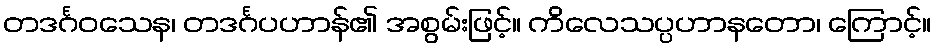
တဒင်္ဂဝသေန၊ တဒင်္ဂပဟာန်၏ အစွမ်းဖြင့်။ ကိလေသပ္ပဟာနတော၊ ကြောင့်။